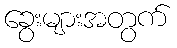
ခွေးများအတွက်